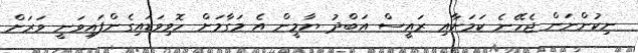
ނިކުންނަން ޖެހޭނެ ކަމަށާއި ރައީސް އަބްދު ޔާމީން އެ މަގާމަށް ހޮވިވަޑައިގެންފައިވަނީ ވަރަށް